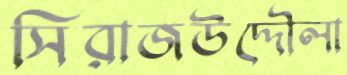
সিরাজউদ্দৌলা